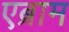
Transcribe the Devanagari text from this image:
एब्राम